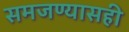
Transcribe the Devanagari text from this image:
समजण्यासही